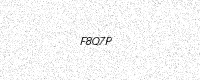
Text: F8Q7P